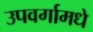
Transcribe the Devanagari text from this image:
उपवर्गामधे